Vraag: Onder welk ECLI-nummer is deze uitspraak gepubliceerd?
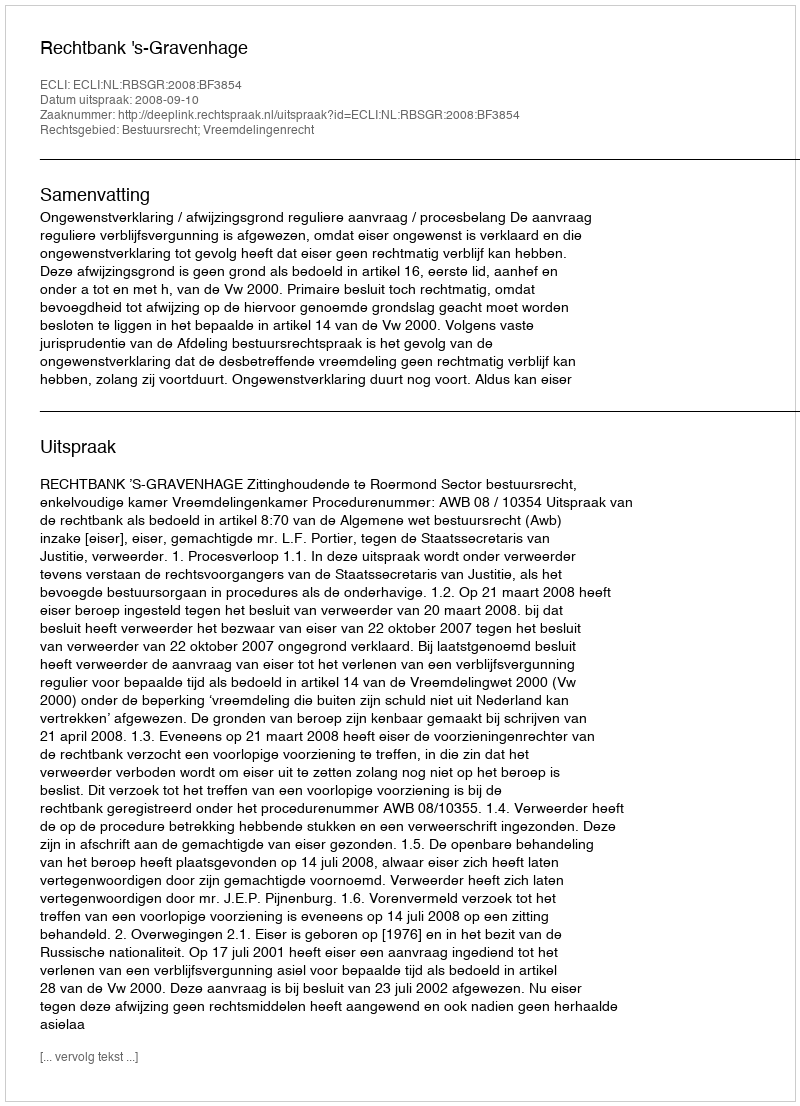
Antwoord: ECLI:NL:RBSGR:2008:BF3854